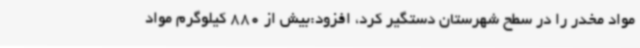
مواد مخدر را در سطح شهرستان دستگیر کرد، افزود:بیش از 880 کیلوگرم مواد